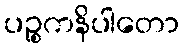
ပဉ္စကနိပါတော